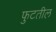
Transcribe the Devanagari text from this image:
फुटतील